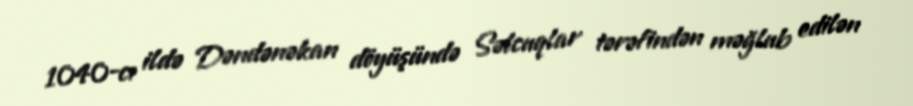
1040-cı ildə Dəndənəkan döyüşündə Səlcuqlar tərəfindən məğlub edilən